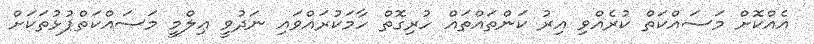
އެއްކޮށް މަސައްކަތް ކުރެއްވި އިރު ކަންތައްތައް ހުރިގޮތް ހާމަކުރައްވައި ނަދުވީ ޢިލްމީ މަސައްކަތްޕުޅުތަކަށް